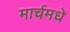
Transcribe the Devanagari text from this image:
मार्चमधे